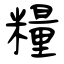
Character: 糧